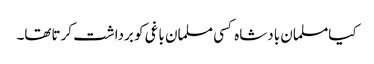
کیامسلمان بادشاہ کسی مسلمان باغی کو برداشت کرتاتھا۔